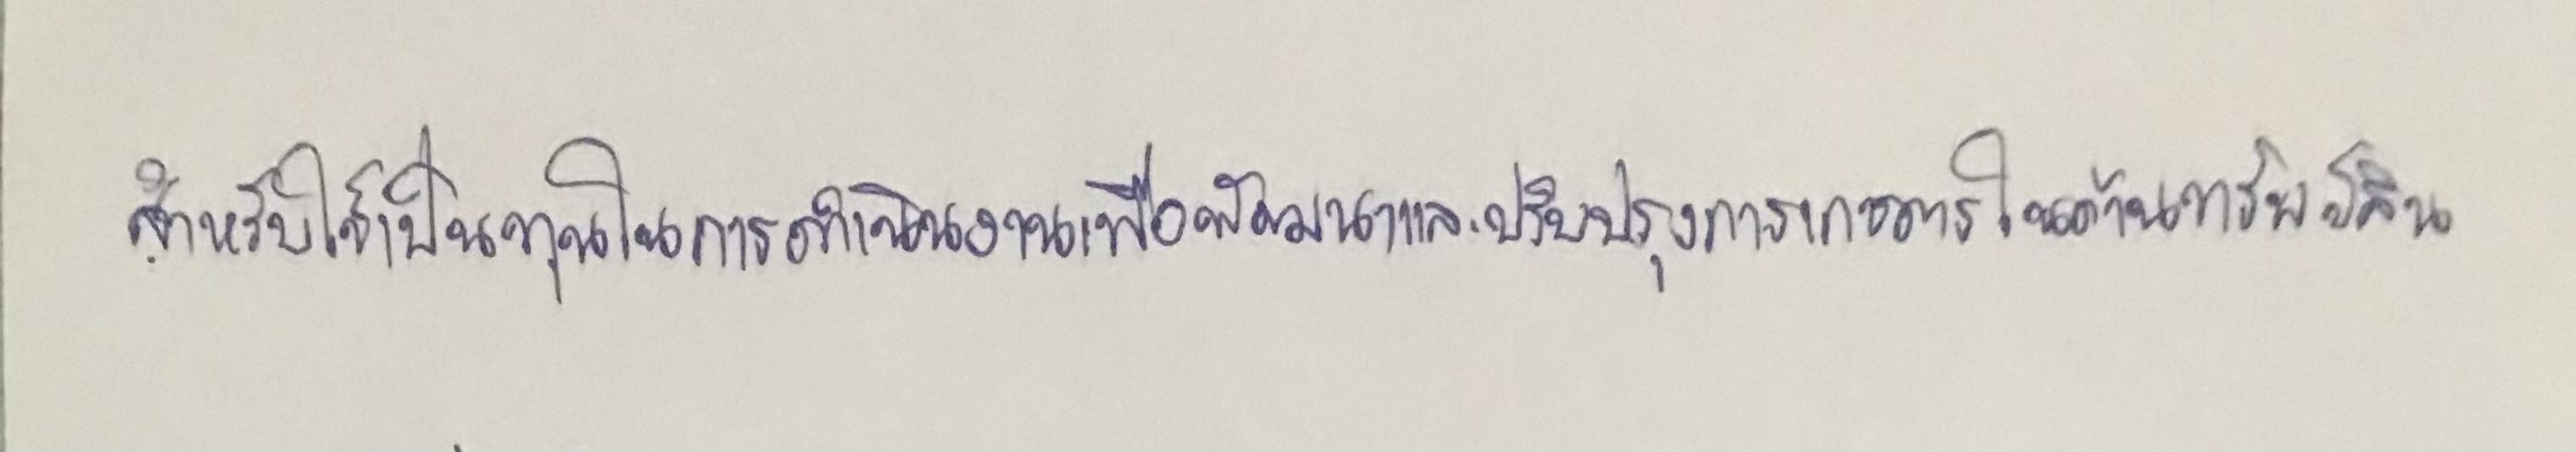
สำหรับใช้เป็นทุนในการดำเนินงานเพื่อพัฒนาและปรับปรุงการเกษตรในด้านทรัพย์สิน